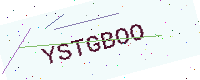
Text: YSTGBOO